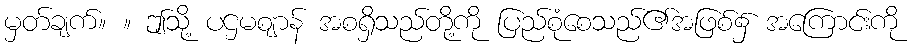
မှတ်ချက်။ ။ ဤသို့ ပဌမဈာန် အစရှိသည်တို့ကို ပြည်စုံစေသည်၏အဖြစ်၌ အကြောင်းကို